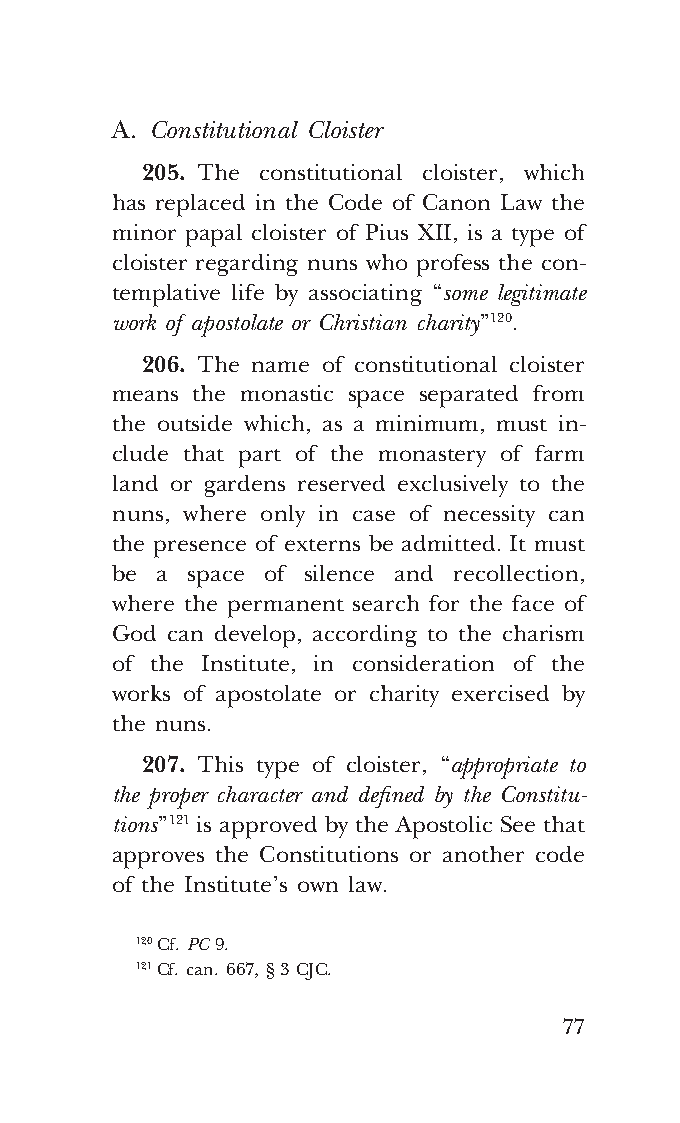
COR ORANS – NUOVO FORMATO – INGLESE 2ª BOZZA – 24 maggio 2018 – 11:12
 A. Constitutional Cloister
 205. The constitutional cloister, which
 has replaced in the Code of Canon Law the
 minor papal cloister of Pius XII, is a type of
 cloister regarding nuns who profess the con-
 templative life by associating “some legitimate
 work of apostolate or Christian charity” 120.
 206. The name of constitutional cloister
 means the monastic space separated from
 the outside which, as a minimum, must in-
 clude that part of the monastery of farm
 land or gardens reserved exclusively to the
 nuns, where only in case of necessity can
 the presence of externs be admitted. It must
 be a space of silence and recollection,
 where the permanent search for the face of
 God can develop, according to the charism
 of the Institute, in consideration of the
 works of apostolate or charity exercised by
 the nuns.
 207. This type of cloister, “appropriate to
 the proper character and defined by the Constitu-
 tions” 121 is approved by the Apostolic See that
 approves the Constitutions or another code
 of the Institute’s own law.
 120 Cf. PC 9.
 121 Cf. can. 667, § 3 CJC.
 77